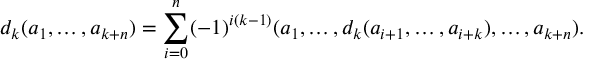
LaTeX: d _ { k } ( a _ { 1 } , \ldots , a _ { k + n } ) = \sum _ { i = 0 } ^ { n } ( - 1 ) ^ { i ( k - 1 ) } ( a _ { 1 } , \ldots , d _ { k } ( a _ { i + 1 } , \ldots , a _ { i + k } ) , \ldots , a _ { k + n } ) .